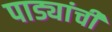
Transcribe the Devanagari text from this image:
पाड्यांची